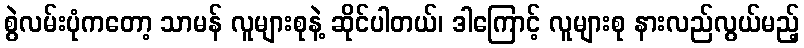
စွဲလမ်းပုံကတော့ သာမန် လူများစုနဲ့ ဆိုင်ပါတယ်၊ ဒါကြောင့် လူများစု နားလည်လွယ်မည့်